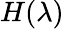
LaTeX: H(\lambda)